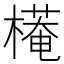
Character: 𣚖